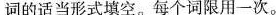
词的适当形式填空.每个词限用一次。